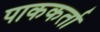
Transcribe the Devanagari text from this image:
पाककर्ता